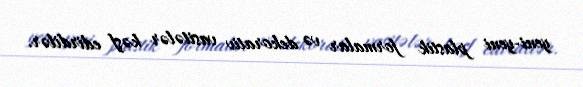
yeni-yeni plastik formalar və dekorativ vasitələr kəşf edirdilər.